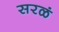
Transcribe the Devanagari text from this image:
सरळं